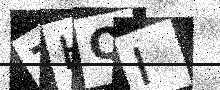
Text: ZHQI